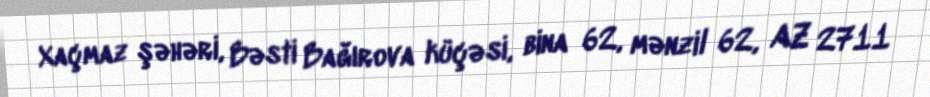
Xaçmaz şəhəri, Bəsti Bağırova küçəsi, bina 62, mənzil 62, AZ 2711